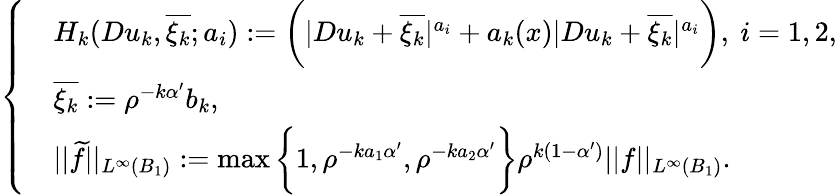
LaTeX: \left\{ \begin{array}{rl}&{H_{k}(Du_{k},\overline{{\xi_{k}}};a_{i}):=\bigg(|Du_{k}+\overline{{\xi_{k}}}|^{a_{i}}+a_{k}(x)|Du_{k}+\overline{{\xi_{k}}}|^{a_{i}}\bigg),\ i=1,2,}\\ &{\overline{{\xi_{k}}}:=\rho^{-k\alpha^{\prime}}b_{k},}\\ &{||\widetilde{f}||_{L^{\infty}(B_{1})}:=\operatorname*{max}\bigg\{ 1,\rho^{-ka_{1}\alpha^{\prime}},\rho^{-ka_{2}\alpha^{\prime}}\bigg\} \rho^{k(1-\alpha^{\prime})}||f||_{L^{\infty}(B_{1})}.}\end{array}\right.